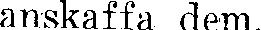
anskaffa dem.